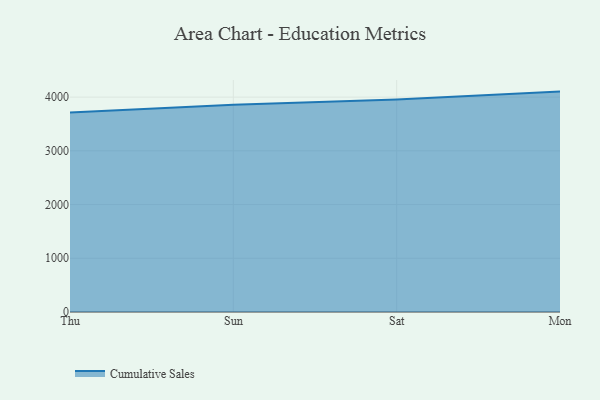
{"axis": {"x": "Day", "y": "Humidity (%)"}, "legend": ["Cumulative Sales"], "data": [{"x": "Thu", "y": 3710.7, "type": "Cumulative Sales"}, {"x": "Sun", "y": 3857.7, "type": "Cumulative Sales"}, {"x": "Sat", "y": 3956.9, "type": "Cumulative Sales"}, {"x": "Mon", "y": 4101.9, "type": "Cumulative Sales"}]}